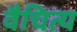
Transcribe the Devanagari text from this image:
वैचित्य